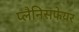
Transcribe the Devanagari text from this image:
प्लैनिसफेयर